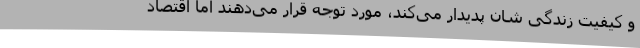
و کیفیت زندگی شان پدیدار می‌کند، مورد توجه قرار می‌دهند اما اقتصاد